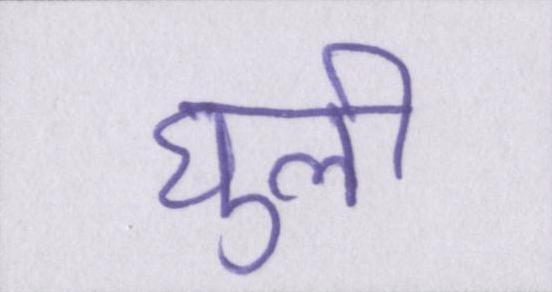
घुली